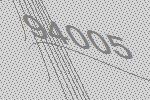
94005